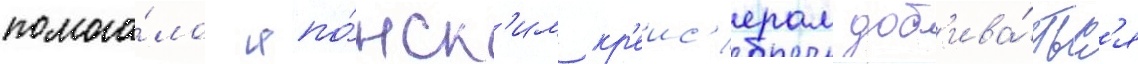
помога́ло япо́нск'им кр'еис'ерам доб'ива́тьс'я